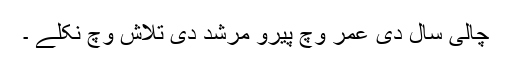
چالی سال دی عمر وچّ پیرو مرشد دی تلاش وچّ نکلے ۔